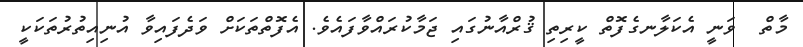
މާތް  ވަނީ އެކަލާނގެފޮތް ކީރިތި ޤުރްއާނުގައި ޖަމާކުރައްވާފައެވެ. އެފޮތްތަކަށް ވަދެފައިވާ އުނިއިތުރުތަކަކީ